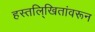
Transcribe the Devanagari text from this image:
हस्तलि्खितांवरून